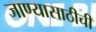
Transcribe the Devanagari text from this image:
जाण्यासाठीची